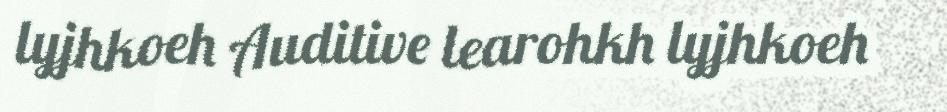
lyjhkoeh Auditive learohkh lyjhkoeh